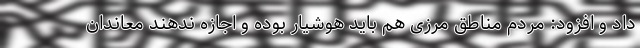
داد و افزود: مردم مناطق مرزی هم باید هوشیار بوده و اجازه ندهند معاندان